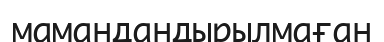
мамандандырылмаған